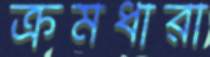
ক্রমধারা